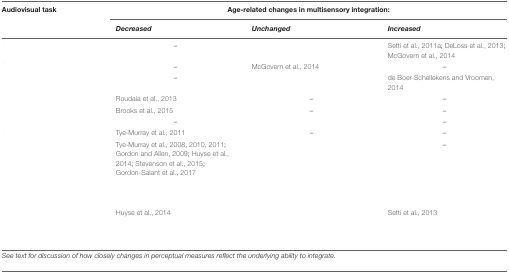
<table><thead><tr><td><b>Audiovisual task</b></td><td colspan="3"><b>Age-related changes in multisensory integration:</b></td></tr><tr><td>[EMPTY_CELL]</td><td><b><i>Decreased</i></b></td><td><b><i>Unchanged</i></b></td><td><b><i>Increased</i></b></td></tr></thead><tbody><tr><td>[EMPTY_CELL]</td><td>–</td><td>[EMPTY_CELL]</td><td>Setti et al., 2011a; DeLoss et al., 2013; McGovern et al., 2014</td></tr><tr><td>[EMPTY_CELL]</td><td>–</td><td>McGovern et al., 2014</td><td>–</td></tr><tr><td>[EMPTY_CELL]</td><td>–</td><td>[EMPTY_CELL]</td><td>de Boer-Schellekens and Vroomen, 2014</td></tr><tr><td>[EMPTY_CELL]</td><td>Roudaia et al., 2013</td><td>–</td><td>–</td></tr><tr><td>[EMPTY_CELL]</td><td>Brooks et al., 2015</td><td>–</td><td>–</td></tr><tr><td>[EMPTY_CELL]</td><td>–</td><td>[EMPTY_CELL]</td><td>–</td></tr><tr><td>[EMPTY_CELL]</td><td>Tye-Murray et al., 2011</td><td>–</td><td>–</td></tr><tr><td>[EMPTY_CELL]</td><td>Tye-Murray et al., 2008, 2010, 2011; Gordon and Allen, 2009; Huyse et al., 2014; Stevenson et al., 2015; Gordon-Salant et al., 2017</td><td>[EMPTY_CELL]</td><td>–</td></tr><tr><td>[EMPTY_CELL]</td><td>Huyse et al., 2014</td><td>[EMPTY_CELL]</td><td>Setti et al., 2013</td></tr></tbody></table>